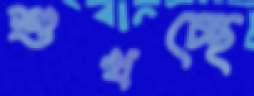
শুখচ্ছে